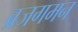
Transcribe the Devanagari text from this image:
ब्रजगमन